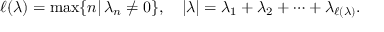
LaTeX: \ell ( \lambda ) = \operatorname * { m a x } \{ n | \, \lambda _ { n } \neq 0 \} , \quad | \lambda | = \lambda _ { 1 } + \lambda _ { 2 } + \cdots + \lambda _ { \ell ( \lambda ) } .